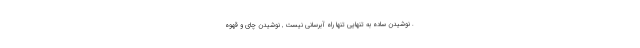
. نوشیدن ساده به تنهایی تنها راه آبرسانی نیست , نوشیدن چای و قهوه